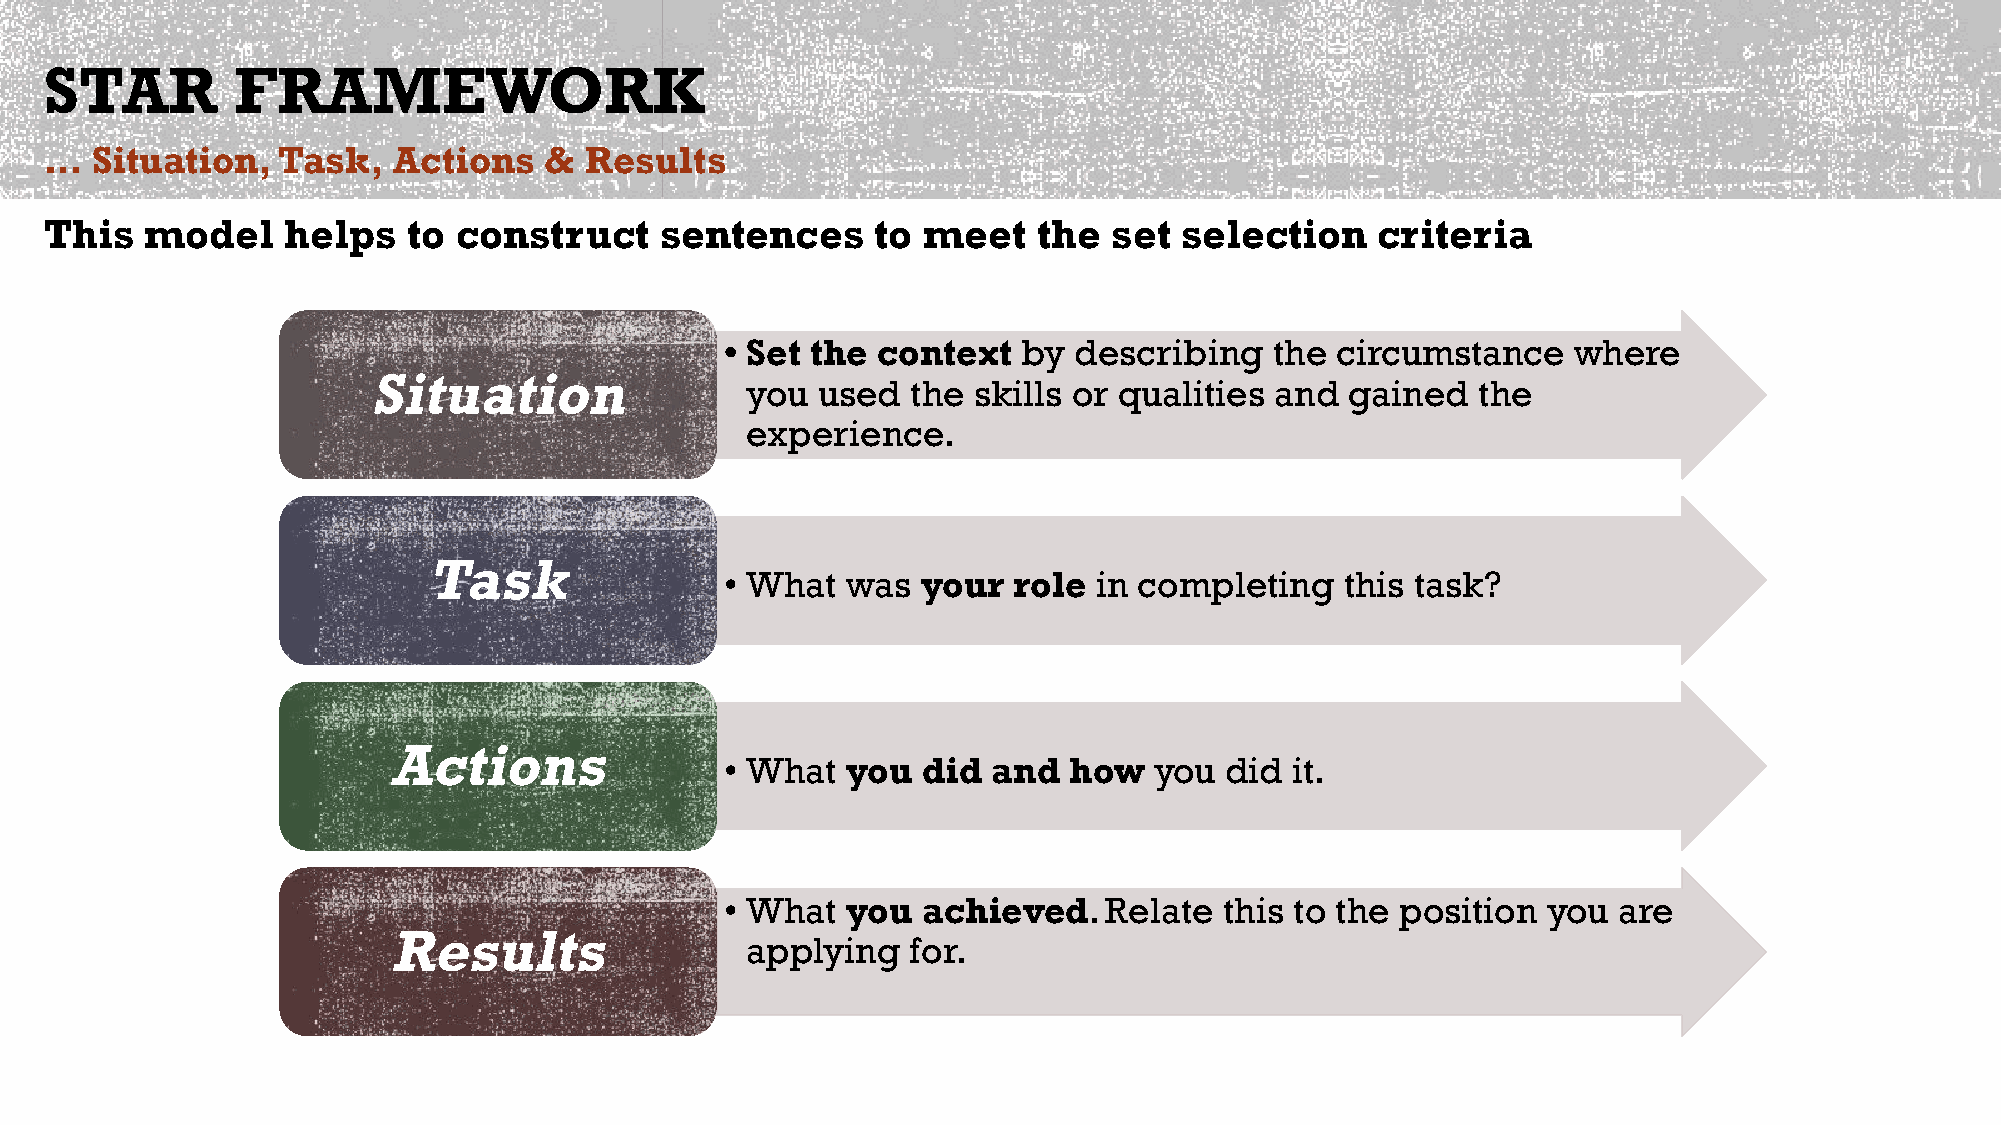
STAR        FRAMEWORK
 …  Situation,  Task,   Actions   &  Results
 This   model    helps   to construct     sentences     to meet    the  set selection    criteria
 • Set the context   by describing   the circumstance    where
 Situation
 you  used  the skills or qualities and  gained   the
 experience.
 Task
 • What  was  your  role  in completing   this task?
 Actions
 • What  you  did  and  how  you  did  it.
 • What  you  achieved.   Relate  this to the position you  are
 Results
 applying   for.